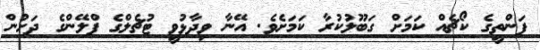
ފަންތީގެ ކޯޗެއް ކަމަށް ގަބޫލުކުރާ ކަމަށެވެ. އޭނާ ވިދާޅުވީ ޓުޗެލްގެ ޕްލޭންގެ ދަށުން